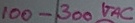
Text: 100-300VAC